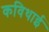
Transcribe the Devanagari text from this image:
कविथाई